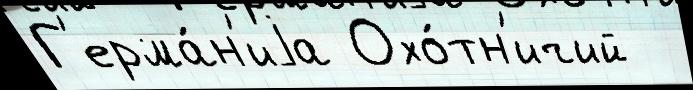
Г'ерма́н'иjа Охо́тн'ичий